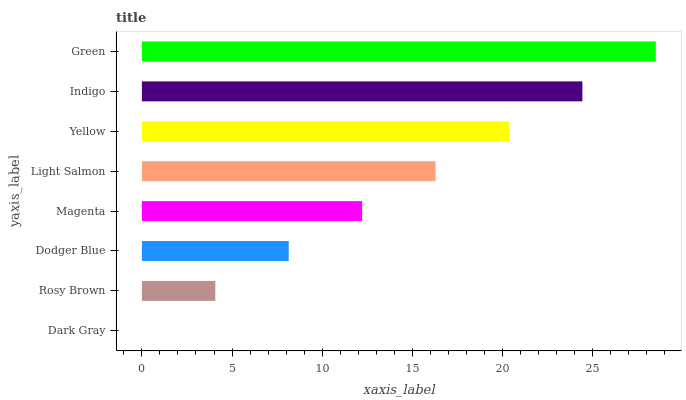
| yaxis_label | bars |
 | --- | --- |
 | Dark Gray | 0 |
 | Rosy Brown | 4.07 |
 | Dodger Blue | 8.14 |
 | Magenta | 12.2 |
 | Light Salmon | 16.3 |
 | Yellow | 20.4 |
 | Indigo | 24.4 |
 | Green | 28.5 |